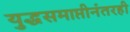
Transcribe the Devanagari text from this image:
युद्धसमाप्तीनंतरही